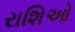
રાશિઓ